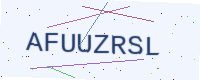
Text: AFUUZRSL